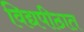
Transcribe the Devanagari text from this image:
विद्यपीठात